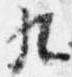
九